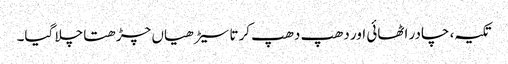
تکیہ، چادر اٹھائی اور دھپ دھپ کرتا سیڑھیاں چڑھتا چلا گیا۔